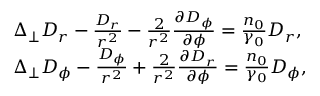
\begin{array} { r l } & { \Delta _ { \perp } D _ { r } - \frac { D _ { r } } { r ^ { 2 } } - \frac { 2 } { r ^ { 2 } } \frac { \partial D _ { \phi } } { \partial \phi } = \frac { n _ { 0 } } { \gamma _ { 0 } } D _ { r } , } \\ & { \Delta _ { \perp } D _ { \phi } - \frac { D _ { \phi } } { r ^ { 2 } } + \frac { 2 } { r ^ { 2 } } \frac { \partial D _ { r } } { \partial \phi } = \frac { n _ { 0 } } { \gamma _ { 0 } } D _ { \phi } , } \end{array}